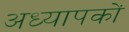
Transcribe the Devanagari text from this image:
अध्‍यापकों